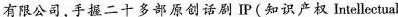
有限公司手握二十多部原创话剧I(知识产权 Intellectual